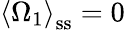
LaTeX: \left\langle\Omega_{1}\right\rangle_{\mathrm{ss}}=0